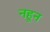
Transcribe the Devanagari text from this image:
नहून